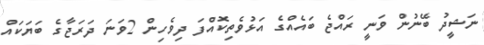
ނަޝީދު ބޭނުން ވަނީ ރައްޖެ ބައެއްގެ އަޅުވެތިކޮއްފަ ދިވެހިން 2ވަނަ ދަރަޖާގެ ބަޔަކައް